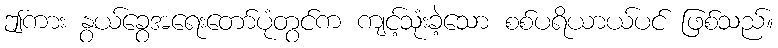
ဤကား နွယ်ခွေအရေးတော်ပုံတွင်က ကျင့်သုံးခဲ့သော စစ်ပရိယာယ်ပင် ဖြစ်သည်။